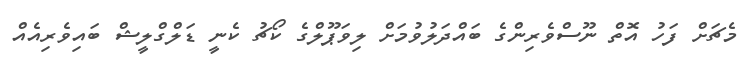
މެޗަށް ފަހު އޮތް ނޫސްވެރިންގެ ބައްދަލުވުމަށް ލިވަޕޫލްގެ ކޯޗު ކެނީ ޑަލްގްލީޝް ބައިވެރިއެއް